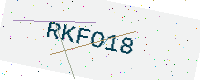
Text: RKFO18